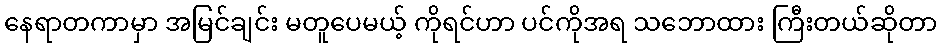
နေရာတကာမှာ အမြင်ချင်း မတူပေမယ့် ကိုရင်ဟာ ပင်ကိုအရ သဘောထား ကြီးတယ်ဆိုတာ